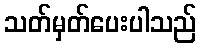
သတ်မှတ်ပေးပါသည်